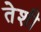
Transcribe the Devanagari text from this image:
तेशी